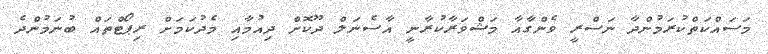
މަސައްކަތްކުރަމުންދާ ނަސްރީ ވެންގާއާ މަޝްވަރާކުރާނީ އާސެނަލް ދޫކޮށް ދިއުމާއި މެދުކަމަށް ރިޕޯޓްތައް ބުނަމުންދެ